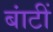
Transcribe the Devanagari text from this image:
बांटीं